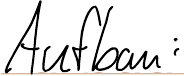
Aufbau: